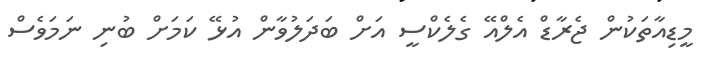
މީޑިއާތަކުން ޖެރާޑް އެލްއޭ ގެލެކްސީ އަށް ބަދަލުވާން އުޅޭ ކަމަށް ބުނި ނަމަވެސް